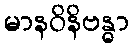
မာနဝိနိဗန္ဓာ